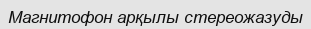
Магнитофон арқылы стереожазуды